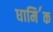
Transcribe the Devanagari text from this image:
धामि॔क